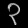
Digit: ၃